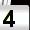
Digit: 4